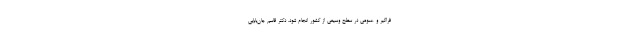
فراگیر و عمومی در سطح وسیعی از کشور انجام شود. دکتر قاسم جان‌بابایی